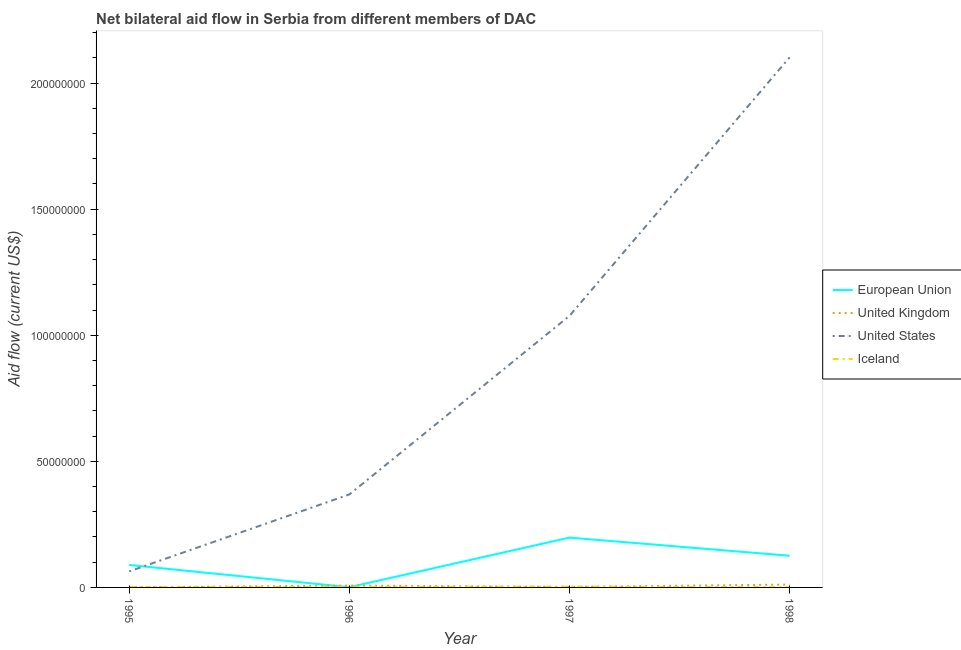
| Year | European Union | United Kingdom | United States | Iceland |
 | --- | --- | --- | --- | --- |
 | 1995 | 8.9e+06 | 4e+04 | 6.36e+06 | 1.8e+05 |
 | 1996 | 9e+04 | 7.5e+05 | 3.69e+07 | 2.2e+05 |
 | 1997 | 1.98e+07 | 2.1e+05 | 1.08e+08 | 3.2e+05 |
 | 1998 | 1.26e+07 | 1.13e+06 | 2.1e+08 | 7e+04 |